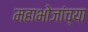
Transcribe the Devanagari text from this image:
महाभोजांच्या